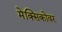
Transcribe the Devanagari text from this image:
मेक्सिकोवर